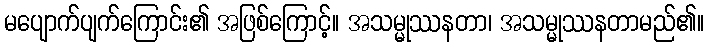
မပျောက်ပျက်ကြောင်း၏ အဖြစ်ကြောင့်။ အသမ္မုဿနတာ၊ အသမ္မုဿနတာမည်၏။